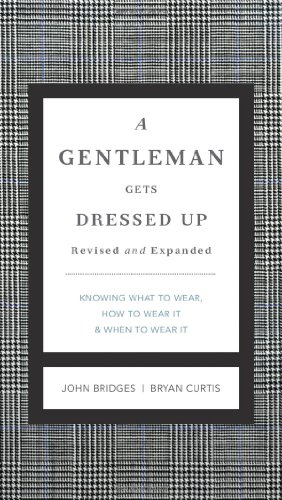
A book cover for A Gentleman Gets Dressed Up Revised and   Updated: What to Wear, When to Wear It, How to Wear It; John Bridges; Health, Fitness & Dieting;